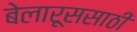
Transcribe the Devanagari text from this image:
बेलारूससाठी